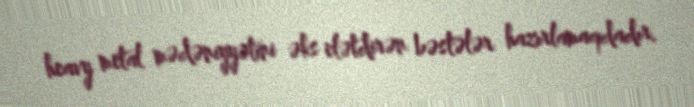
heavy metal mədəniyyətini əks elətdirən bəstələr hazırlamaqdadır.